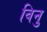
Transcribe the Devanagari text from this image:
विनु